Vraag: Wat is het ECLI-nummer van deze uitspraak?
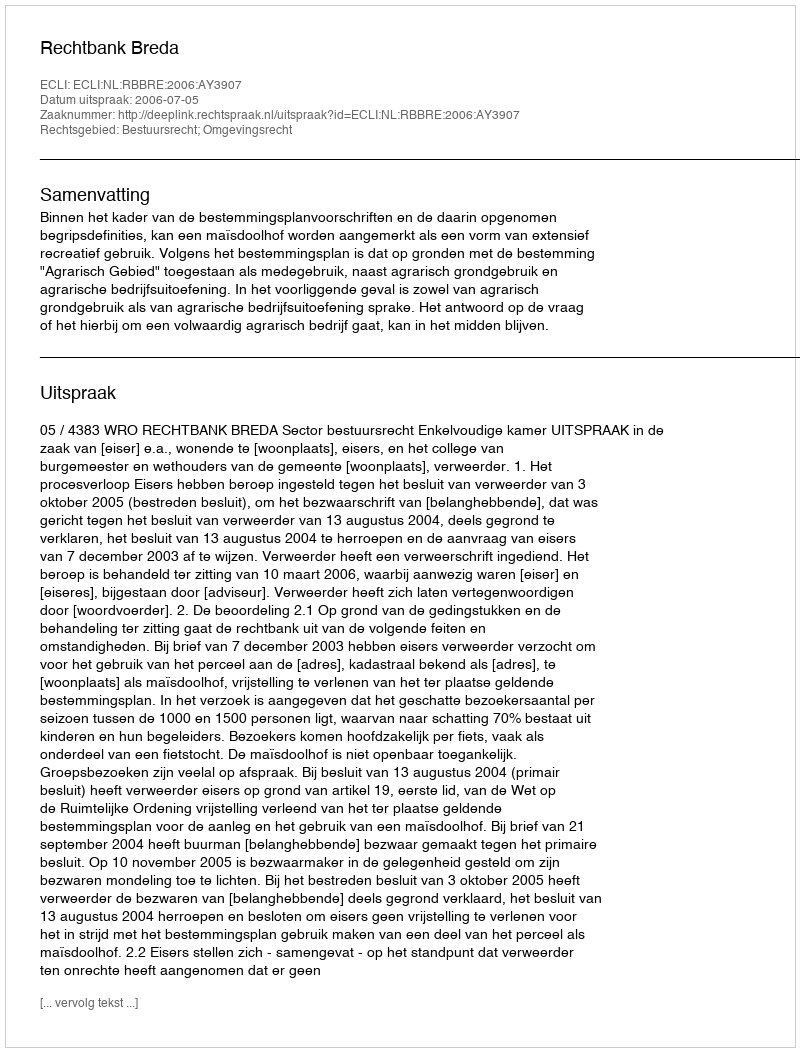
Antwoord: ECLI:NL:RBBRE:2006:AY3907